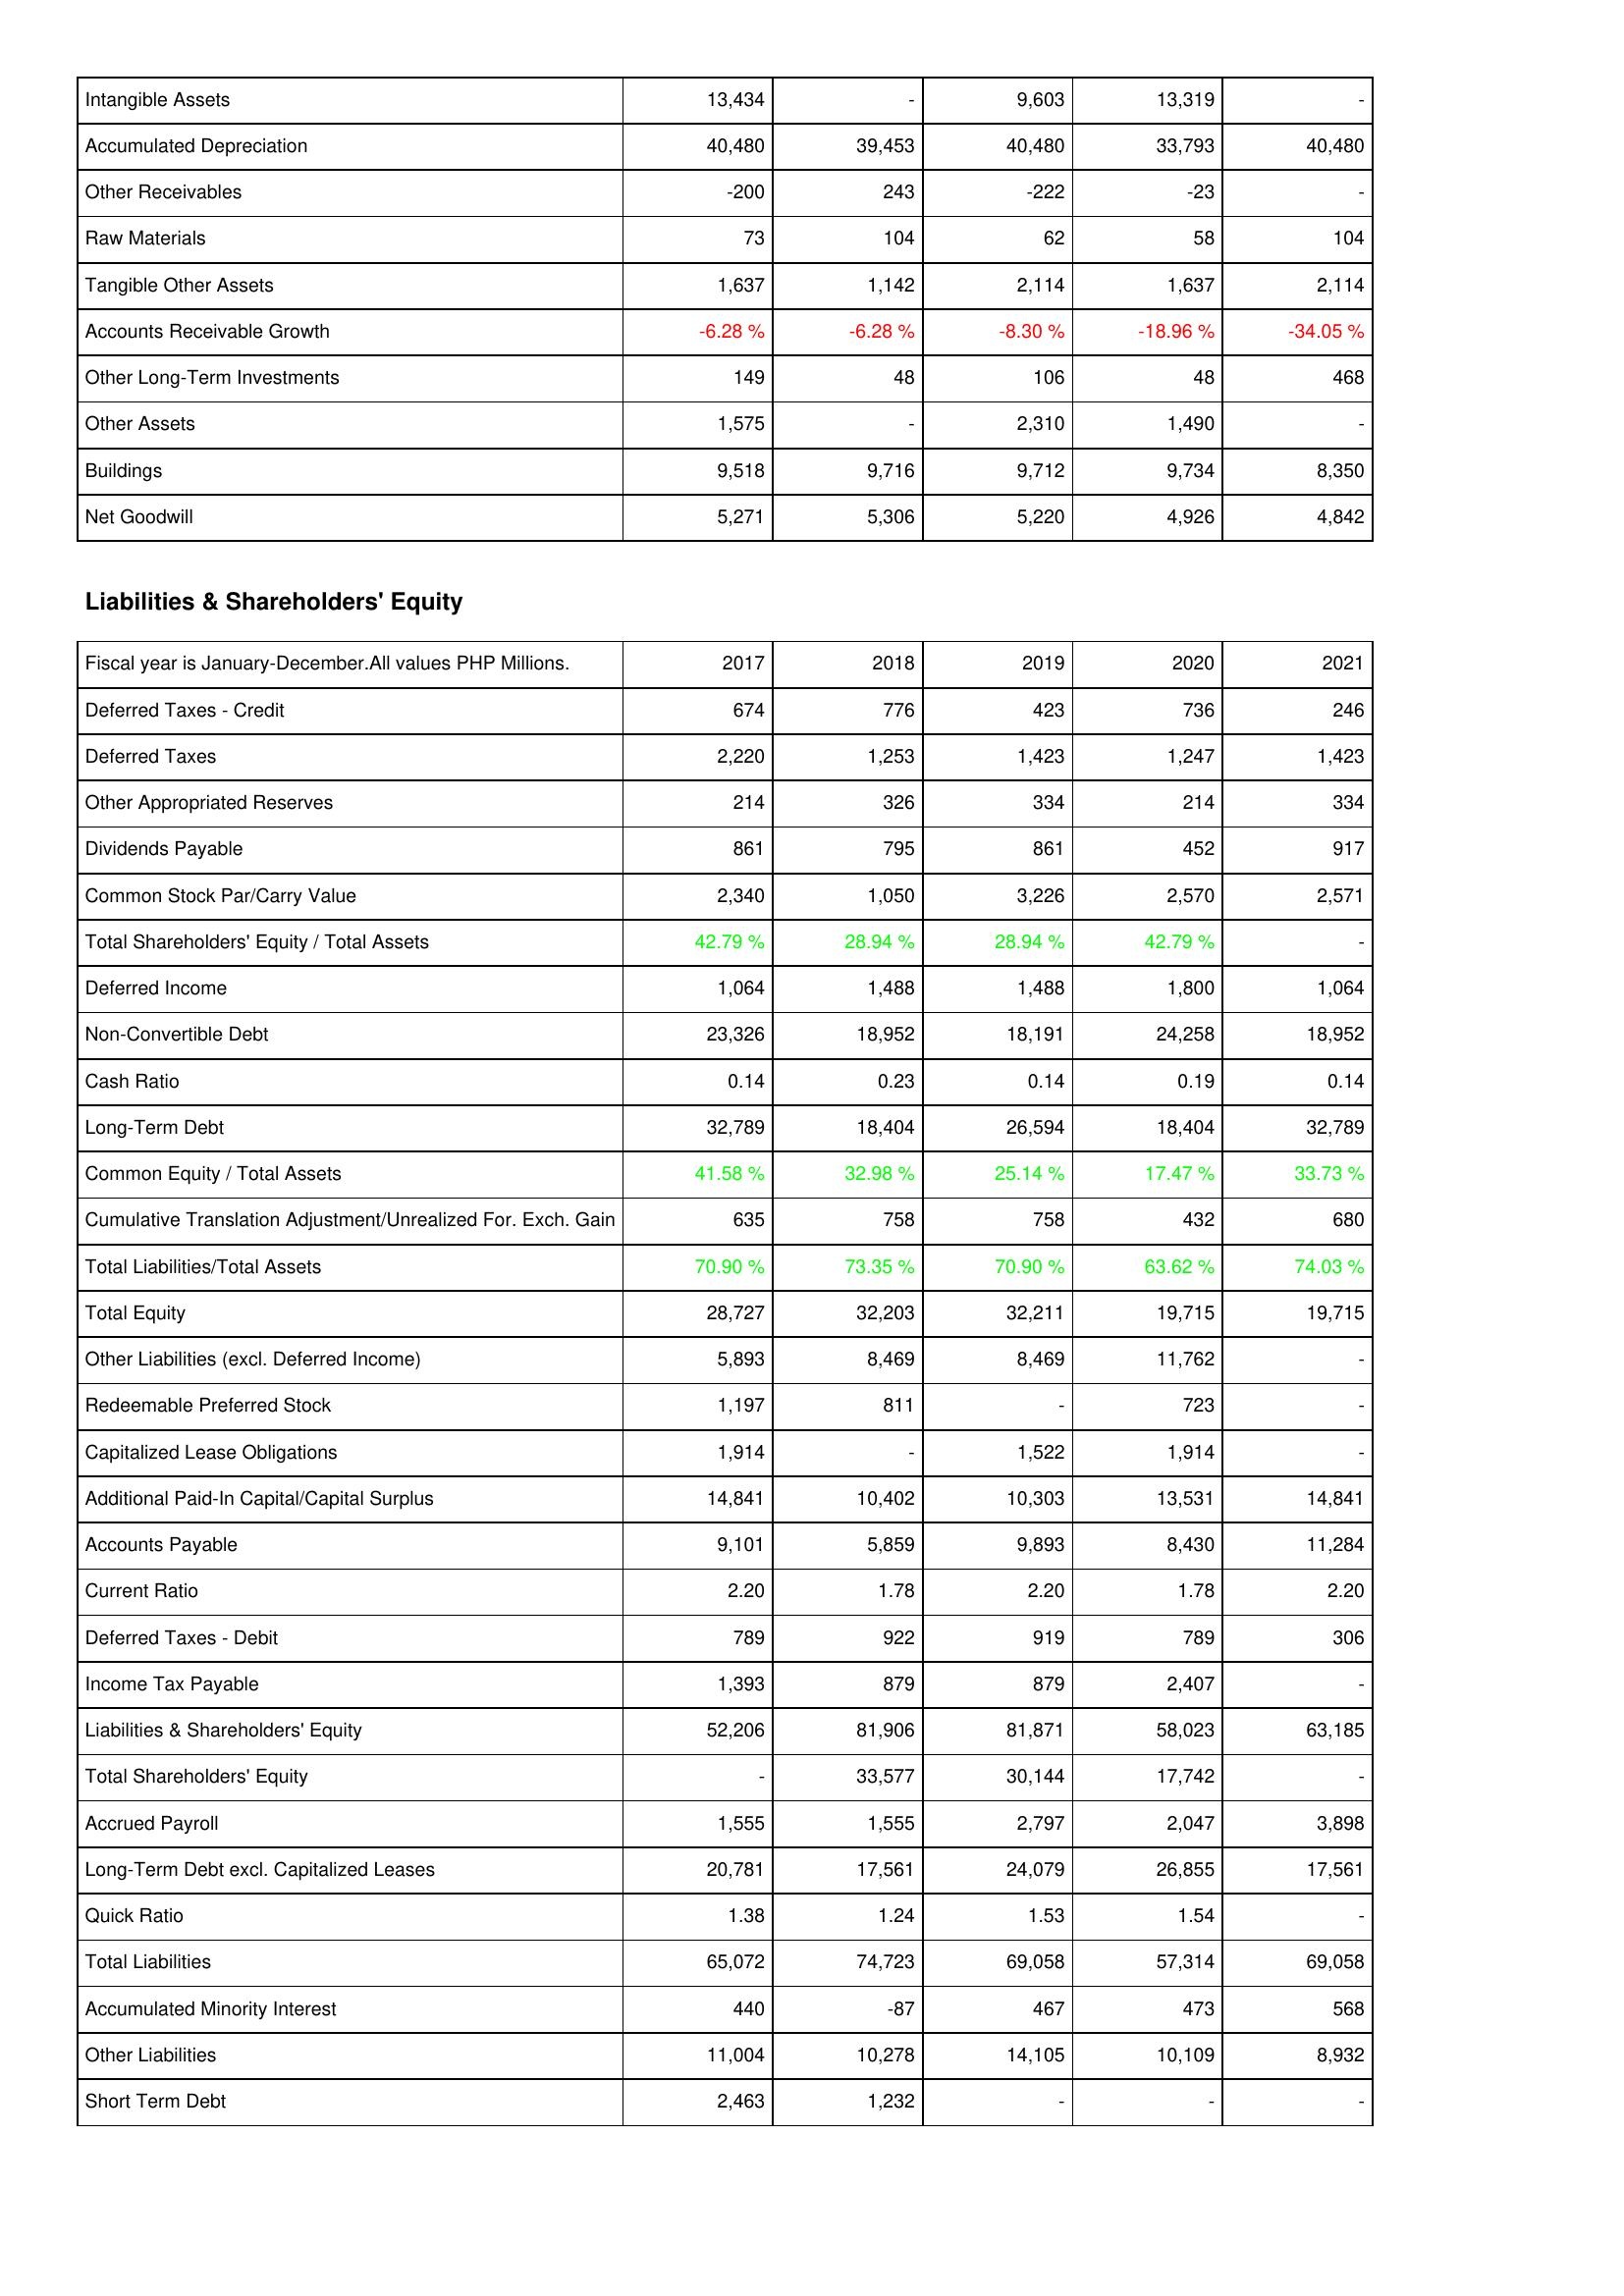
2017: Assets: Intangible Assets: 13,434
Accumulated Depreciation: 40,480
Other Receivables: -200
Raw Materials: 73
Tangible Other Assets: 1,637
Accounts Receivable Growth: -6.28 %
Other Long-Term Investments: 149
Other Assets: 1,575
Buildings: 9,518
Net Goodwill: 5,271
Liabilities & Shareholders' Equity: Deferred Taxes - Credit: 674
Deferred Taxes: 2,220
Other Appropriated Reserves: 214
Dividends Payable: 861
Common Stock Par/Carry Value: 2,340
Total Shareholders' Equity / Total Assets: 42.79 %
Deferred Income: 1,064
Non-Convertible Debt: 23,326
Cash Ratio: 0.14
Long-Term Debt: 32,789
Common Equity / Total Assets: 41.58 %
Cumulative Translation Adjustment/Unrealized For. Exch. Gain: 635
Total Liabilities/Total Assets: 70.90 %
Total Equity: 28,727
Other Liabilities (excl. Deferred Income): 5,893
Redeemable Preferred Stock: 1,197
Capitalized Lease Obligations: 1,914
Additional Paid-In Capital/Capital Surplus: 14,841
Accounts Payable: 9,101
Current Ratio: 2.20
Deferred Taxes - Debit: 789
Income Tax Payable: 1,393
Liabilities & Shareholders' Equity: 52,206
Total Shareholders' Equity: -
Accrued Payroll: 1,555
Long-Term Debt excl. Capitalized Leases: 20,781
Quick Ratio: 1.38
Total Liabilities: 65,072
Accumulated Minority Interest: 440
Other Liabilities: 11,004
Short Term Debt: 2,463
2018: Assets: Intangible Assets: -
Accumulated Depreciation: 39,453
Other Receivables: 243
Raw Materials: 104
Tangible Other Assets: 1,142
Accounts Receivable Growth: -6.28 %
Other Long-Term Investments: 48
Other Assets: -
Buildings: 9,716
Net Goodwill: 5,306
Liabilities & Shareholders' Equity: Deferred Taxes - Credit: 776
Deferred Taxes: 1,253
Other Appropriated Reserves: 326
Dividends Payable: 795
Common Stock Par/Carry Value: 1,050
Total Shareholders' Equity / Total Assets: 28.94 %
Deferred Income: 1,488
Non-Convertible Debt: 18,952
Cash Ratio: 0.23
Long-Term Debt: 18,404
Common Equity / Total Assets: 32.98 %
Cumulative Translation Adjustment/Unrealized For. Exch. Gain: 758
Total Liabilities/Total Assets: 73.35 %
Total Equity: 32,203
Other Liabilities (excl. Deferred Income): 8,469
Redeemable Preferred Stock: 811
Capitalized Lease Obligations: -
Additional Paid-In Capital/Capital Surplus: 10,402
Accounts Payable: 5,859
Current Ratio: 1.78
Deferred Taxes - Debit: 922
Income Tax Payable: 879
Liabilities & Shareholders' Equity: 81,906
Total Shareholders' Equity: 33,577
Accrued Payroll: 1,555
Long-Term Debt excl. Capitalized Leases: 17,561
Quick Ratio: 1.24
Total Liabilities: 74,723
Accumulated Minority Interest: -87
Other Liabilities: 10,278
Short Term Debt: 1,232
2019: Assets: Intangible Assets: 9,603
Accumulated Depreciation: 40,480
Other Receivables: -222
Raw Materials: 62
Tangible Other Assets: 2,114
Accounts Receivable Growth: -8.30 %
Other Long-Term Investments: 106
Other Assets: 2,310
Buildings: 9,712
Net Goodwill: 5,220
Liabilities & Shareholders' Equity: Deferred Taxes - Credit: 423
Deferred Taxes: 1,423
Other Appropriated Reserves: 334
Dividends Payable: 861
Common Stock Par/Carry Value: 3,226
Total Shareholders' Equity / Total Assets: 28.94 %
Deferred Income: 1,488
Non-Convertible Debt: 18,191
Cash Ratio: 0.14
Long-Term Debt: 26,594
Common Equity / Total Assets: 25.14 %
Cumulative Translation Adjustment/Unrealized For. Exch. Gain: 758
Total Liabilities/Total Assets: 70.90 %
Total Equity: 32,211
Other Liabilities (excl. Deferred Income): 8,469
Redeemable Preferred Stock: -
Capitalized Lease Obligations: 1,522
Additional Paid-In Capital/Capital Surplus: 10,303
Accounts Payable: 9,893
Current Ratio: 2.20
Deferred Taxes - Debit: 919
Income Tax Payable: 879
Liabilities & Shareholders' Equity: 81,871
Total Shareholders' Equity: 30,144
Accrued Payroll: 2,797
Long-Term Debt excl. Capitalized Leases: 24,079
Quick Ratio: 1.53
Total Liabilities: 69,058
Accumulated Minority Interest: 467
Other Liabilities: 14,105
Short Term Debt: -
2020: Assets: Intangible Assets: 13,319
Accumulated Depreciation: 33,793
Other Receivables: -23
Raw Materials: 58
Tangible Other Assets: 1,637
Accounts Receivable Growth: -18.96 %
Other Long-Term Investments: 48
Other Assets: 1,490
Buildings: 9,734
Net Goodwill: 4,926
Liabilities & Shareholders' Equity: Deferred Taxes - Credit: 736
Deferred Taxes: 1,247
Other Appropriated Reserves: 214
Dividends Payable: 452
Common Stock Par/Carry Value: 2,570
Total Shareholders' Equity / Total Assets: 42.79 %
Deferred Income: 1,800
Non-Convertible Debt: 24,258
Cash Ratio: 0.19
Long-Term Debt: 18,404
Common Equity / Total Assets: 17.47 %
Cumulative Translation Adjustment/Unrealized For. Exch. Gain: 432
Total Liabilities/Total Assets: 63.62 %
Total Equity: 19,715
Other Liabilities (excl. Deferred Income): 11,762
Redeemable Preferred Stock: 723
Capitalized Lease Obligations: 1,914
Additional Paid-In Capital/Capital Surplus: 13,531
Accounts Payable: 8,430
Current Ratio: 1.78
Deferred Taxes - Debit: 789
Income Tax Payable: 2,407
Liabilities & Shareholders' Equity: 58,023
Total Shareholders' Equity: 17,742
Accrued Payroll: 2,047
Long-Term Debt excl. Capitalized Leases: 26,855
Quick Ratio: 1.54
Total Liabilities: 57,314
Accumulated Minority Interest: 473
Other Liabilities: 10,109
Short Term Debt: -
2021: Assets: Intangible Assets: -
Accumulated Depreciation: 40,480
Other Receivables: -
Raw Materials: 104
Tangible Other Assets: 2,114
Accounts Receivable Growth: -34.05 %
Other Long-Term Investments: 468
Other Assets: -
Buildings: 8,350
Net Goodwill: 4,842
Liabilities & Shareholders' Equity: Deferred Taxes - Credit: 246
Deferred Taxes: 1,423
Other Appropriated Reserves: 334
Dividends Payable: 917
Common Stock Par/Carry Value: 2,571
Total Shareholders' Equity / Total Assets: -
Deferred Income: 1,064
Non-Convertible Debt: 18,952
Cash Ratio: 0.14
Long-Term Debt: 32,789
Common Equity / Total Assets: 33.73 %
Cumulative Translation Adjustment/Unrealized For. Exch. Gain: 680
Total Liabilities/Total Assets: 74.03 %
Total Equity: 19,715
Other Liabilities (excl. Deferred Income): -
Redeemable Preferred Stock: -
Capitalized Lease Obligations: -
Additional Paid-In Capital/Capital Surplus: 14,841
Accounts Payable: 11,284
Current Ratio: 2.20
Deferred Taxes - Debit: 306
Income Tax Payable: -
Liabilities & Shareholders' Equity: 63,185
Total Shareholders' Equity: -
Accrued Payroll: 3,898
Long-Term Debt excl. Capitalized Leases: 17,561
Quick Ratio: -
Total Liabilities: 69,058
Accumulated Minority Interest: 568
Other Liabilities: 8,932
Short Term Debt: -